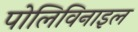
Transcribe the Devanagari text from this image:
पोलिविनाइल